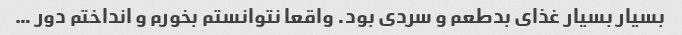
بسیار بسیار غذای بدطعم و سردی بود. واقعا نتوانستم بخورم و انداختم دور …